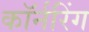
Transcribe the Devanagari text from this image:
कॉर्नरिंग